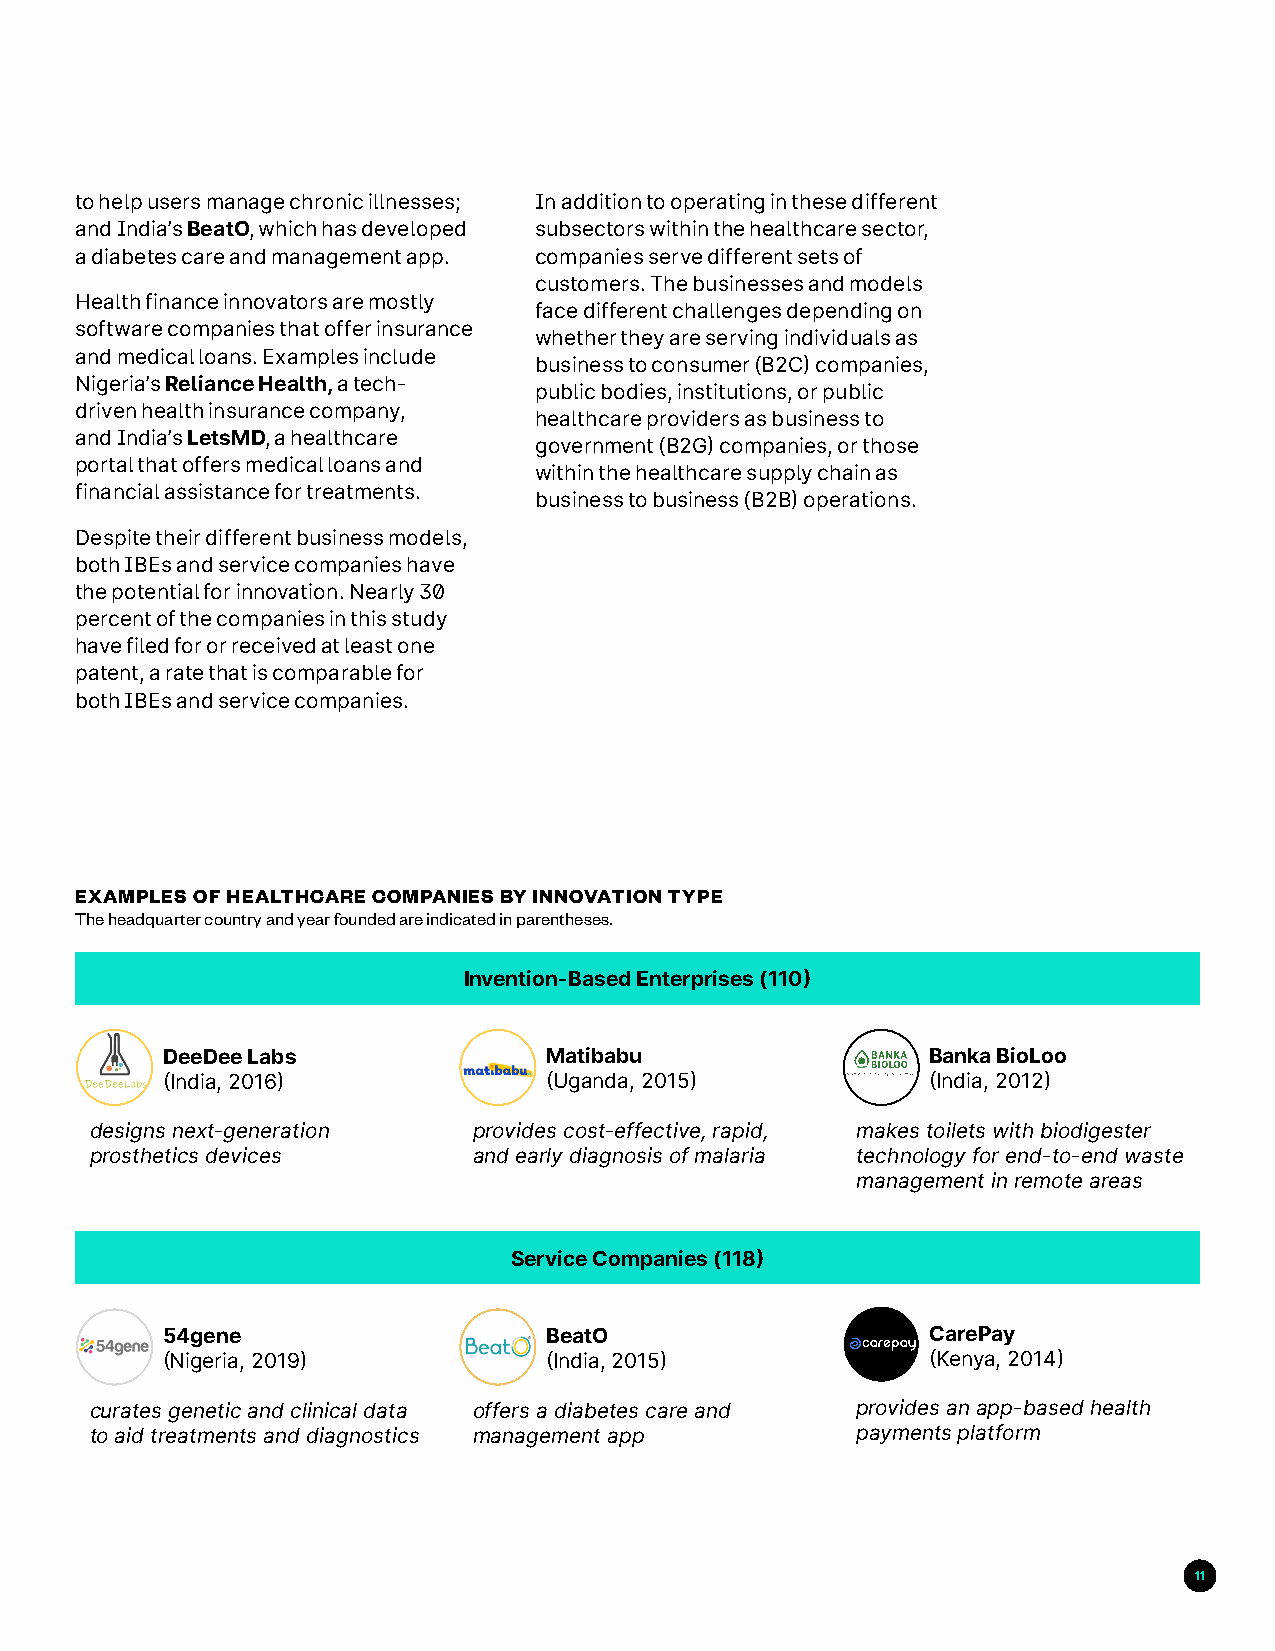
to help users manage chronic illnesses; In addition to operating in these different
 and India’s BeatO, which has developed subsectors within the healthcare sector,
 a diabetes care and management app. companies serve different sets of
 customers. The businesses and models
 Health finance innovators are mostly
 face different challenges depending on
 software companies that offer insurance
 whether they are serving individuals as
 and medical loans. Examples include
 business to consumer (B2C) companies,
 Nigeria’s Reliance Health, a tech-
 public bodies, institutions, or public
 driven health insurance company,
 healthcare providers as business to
 and India’s LetsMD, a healthcare
 government (B2G) companies, or those
 portal that offers medical loans and
 within the healthcare supply chain as
 financial assistance for treatments.
 business to business (B2B) operations.
 Despite their different business models,
 both IBEs and service companies have
 the potential for innovation. Nearly 30
 percent of the companies in this study
 have filed for or received at least one
 patent, a rate that is comparable for
 both IBEs and service companies.
 EXAMPLES OF HEALTHCARE COMPANIES BY INNOVATION TYPE
 The headquarter country and year founded are indicated in parentheses.
 Invention-Based Enterprises (110)
 DeeDee Labs              Matibabu                  Banka BioLoo
 (India, 2016)            (Uganda, 2015)            (India, 2012)
 designs next-generation  provides cost-effective, rapid, makes toilets with biodigester
 prosthetics devices      and early diagnosis of malaria technology for end-to-end waste
 management in remote areas
 Service Companies (118)
 54gene                   BeatO                     CarePay
 (Nigeria, 2019)          (India, 2015)             (Kenya, 2014)
 curates genetic and clinical data offers a diabetes care and provides an app-based health
 to aid treatments and diagnostics management app   payments platform
 11